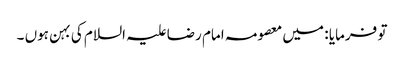
تو فرمایا : میں معصومہ امام رضا علیہ السلام کی بہن ہوں ۔